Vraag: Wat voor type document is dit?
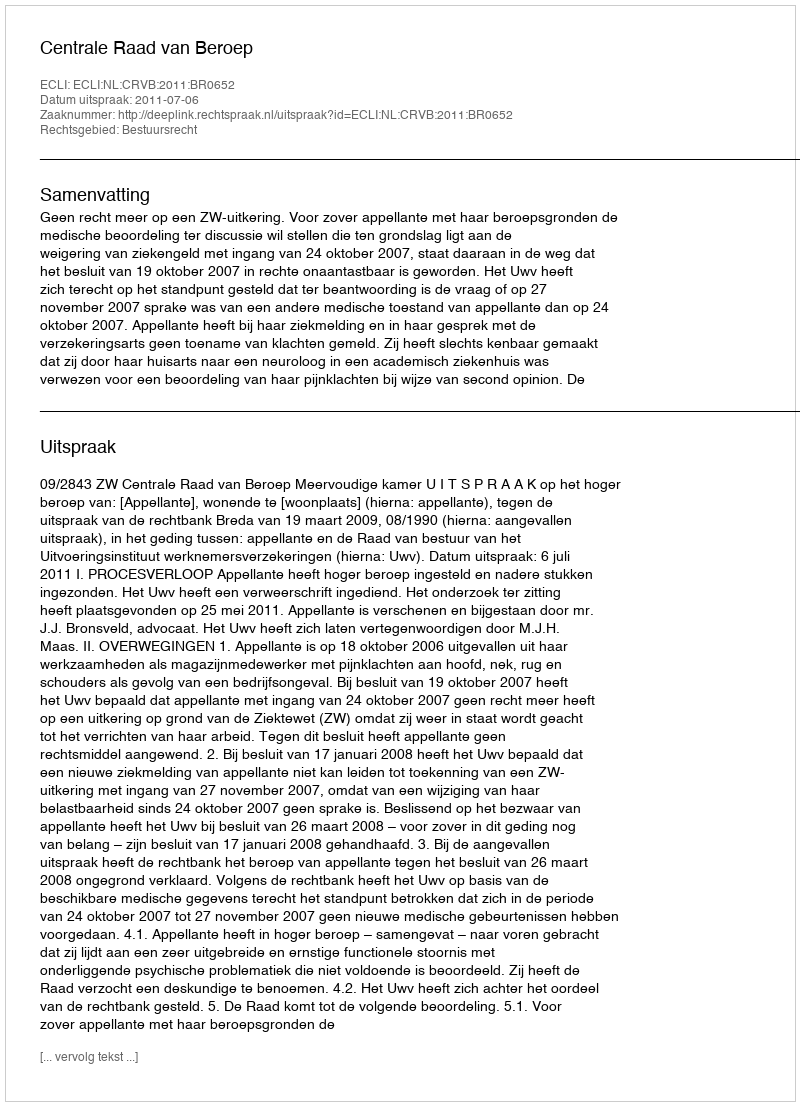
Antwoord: Uitspraak